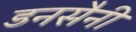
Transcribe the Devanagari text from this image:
डनसैनी